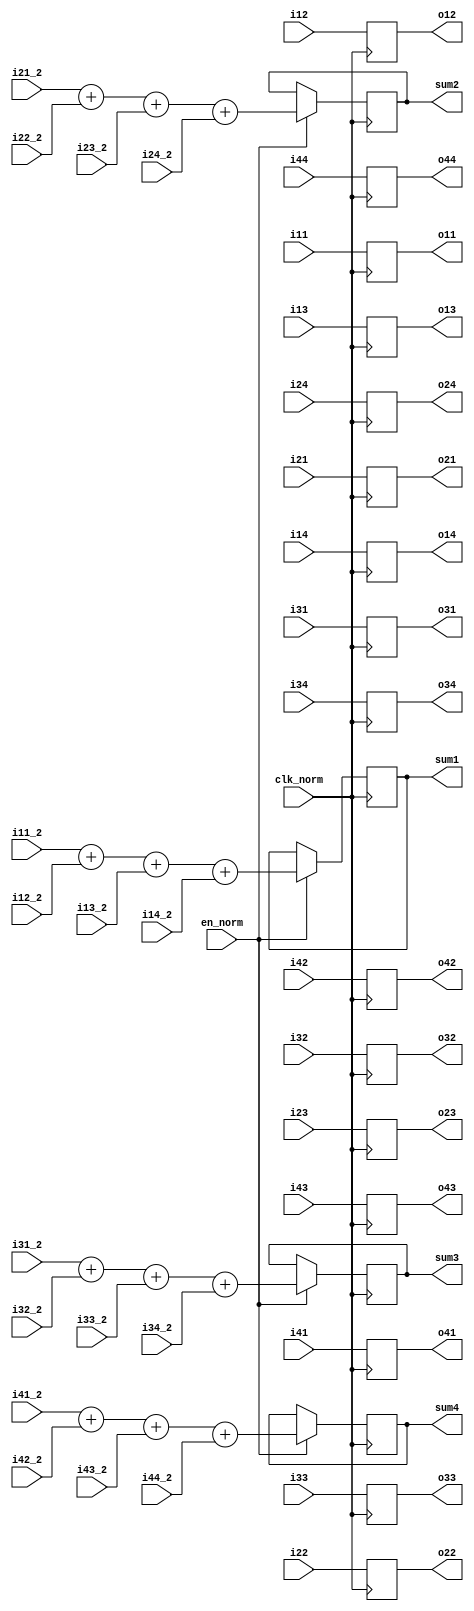
module SYMM_NORM (
    input clk_norm,
    input en_norm,

    input signed [25:0] i11, i12, i13, i14,
    input signed [25:0] i21, i22, i23, i24,
    input signed [25:0] i31, i32, i33, i34,
    input signed [25:0] i41, i42, i43, i44,

    input signed [25:0] i11_2, i12_2, i13_2, i14_2,
    input signed [25:0] i21_2, i22_2, i23_2, i24_2,
    input signed [25:0] i31_2, i32_2, i33_2, i34_2,
    input signed [25:0] i41_2, i42_2, i43_2, i44_2,

    output reg signed [25:0] o11, o12, o13, o14,
    output reg signed [25:0] o21, o22, o23, o24,
    output reg signed [25:0] o31, o32, o33, o34,
    output reg signed [25:0] o41, o42, o43, o44,

    output reg signed [25:0] sum1, sum2, sum3, sum4
);

always @(posedge clk_norm) begin
    o11 <= i11;
    o12 <= i12;
    o13 <= i13;
    o14 <= i14;

    o21 <= i21;
    o22 <= i22;
    o23 <= i23;
    o24 <= i24;

    o31 <= i31;
    o32 <= i32;
    o33 <= i33;
    o34 <= i34;

    o41 <= i41;
    o42 <= i42;
    o43 <= i43;
    o44 <= i44;

    if (en_norm) begin
        sum1 <= (i11_2 + i12_2 + i13_2 + i14_2);
        sum2 <= (i21_2 + i22_2 + i23_2 + i24_2);
        sum3 <= (i31_2 + i32_2 + i33_2 + i34_2);
        sum4 <= (i41_2 + i42_2 + i43_2 + i44_2);
    end
end

endmodule